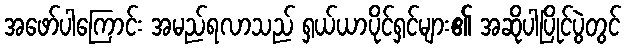
အဖော်ပါကြောင်း အမည်ရလာသည် ရှယ်ယာပိုင်ရှင်များ၏ အဆိုပါပြိုင်ပွဲတွင်